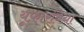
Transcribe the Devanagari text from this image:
यूफ़ारबिया